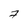
Character: 7